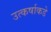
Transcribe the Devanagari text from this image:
उत्कर्षाकडे